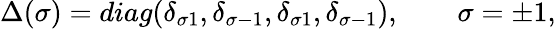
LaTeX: \Delta(\sigma)=diag(\delta_{\sigma 1},\delta_{\sigma-1},\delta_{\sigma 1},\delta_{\sigma-1}),\qquad\sigma=\pm 1,